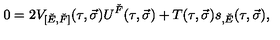
0 = 2 V _ { [ \check { E } , \check { F } ] } ( \tau , \vec { \sigma } ) U ^ { \check { F } } ( \tau , \vec { \sigma } ) + T ( \tau , \vec { \sigma } ) s _ { , \check { E } } ( \tau , \vec { \sigma } ) ,